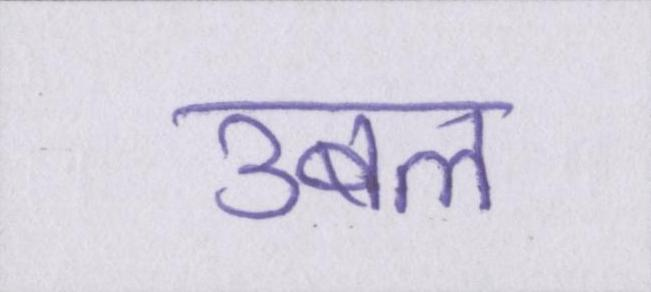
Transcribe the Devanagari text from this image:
उबल